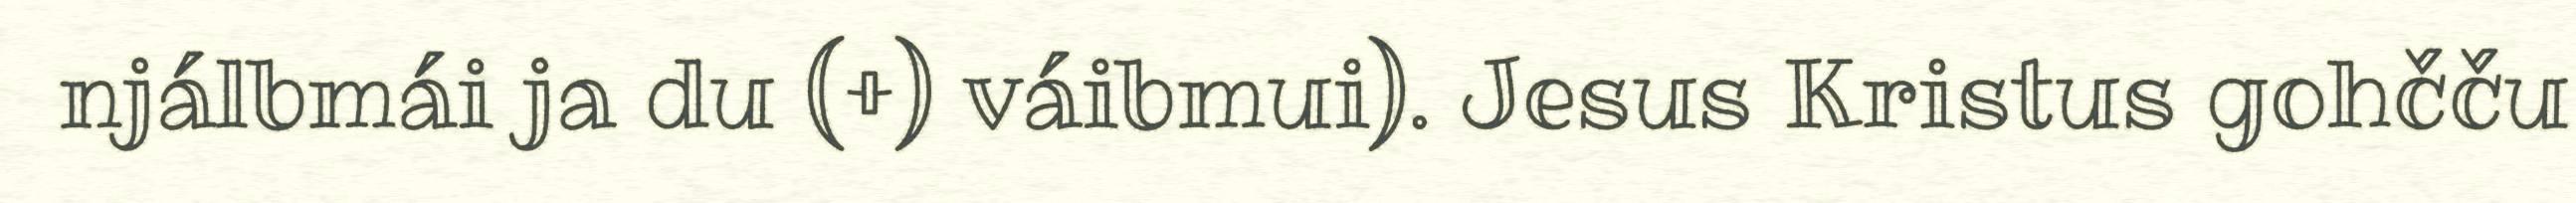
njálbmái ja du (+) váibmui). Jesus Kristus gohčču